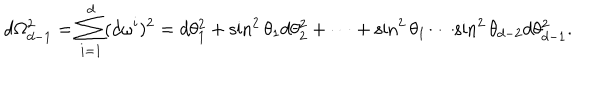
d \Omega _ { d - 1 } ^ { 2 } = \sum _ { i = 1 } ^ { d } ( d \omega ^ { i } ) ^ { 2 } = d \theta _ { 1 } ^ { 2 } + \sin ^ { 2 } \theta _ { 1 } d \theta _ { 2 } ^ { 2 } + \cdots + \sin ^ { 2 } \theta _ { 1 } \cdots \sin ^ { 2 } \theta _ { d - 2 } d \theta _ { d - 1 } ^ { 2 } .